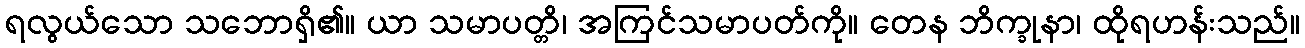
ရလွယ်သော သဘောရှိ၏။ ယာ သမာပတ္တိ၊ အကြင်သမာပတ်ကို။ တေန ဘိက္ခုနာ၊ ထိုရဟန်းသည်။